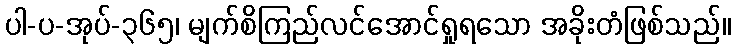
ပါ-ပ-အုပ်-၃၆၅၊ မျက်စိကြည်လင်အောင်ရှုရသော အခိုးတံဖြစ်သည်။